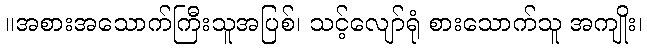
။အစားအသောက်ကြီးသူအပြစ်၊ သင့်လျော်ရုံ စားသောက်သူ အကျိုး၊